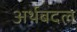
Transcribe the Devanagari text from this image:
अर्थबदल